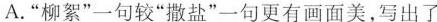
A.”柳絮”一句较”撒盐”一句更有画面美，写出了